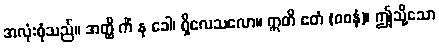
အလုံးစုံသည်။ အတ္ထိ ကိံ နု ခေါ၊ ရှိလေသလော။ ဣတိ ဧတံ (ဝစနံ)၊ ဤသို့သော